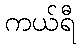
ကယ်ရီ